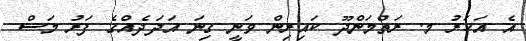
އެ އަހަރު މ. ރަތްމަންދޫ ކައިރިން ވަނީ ގިނަ އަދަދެއްގެ ފަރު މަސް